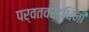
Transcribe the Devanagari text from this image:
पर्वतवर्द्धिनी